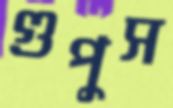
গুপুস